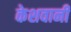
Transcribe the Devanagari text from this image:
केशवानी